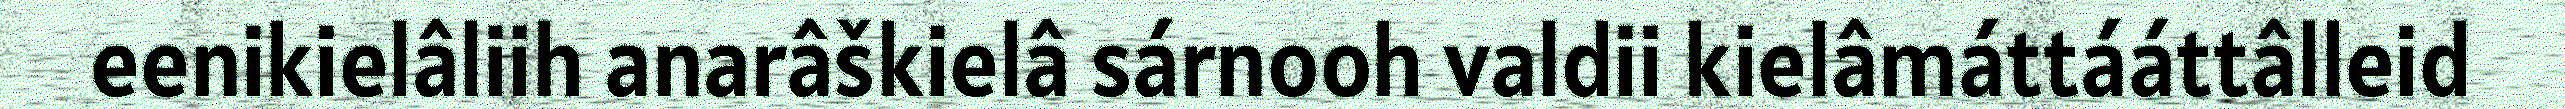
eenikielâliih anarâškielâ sárnooh valdii kielâmáttááttâlleid